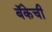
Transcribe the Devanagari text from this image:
बॅकेची